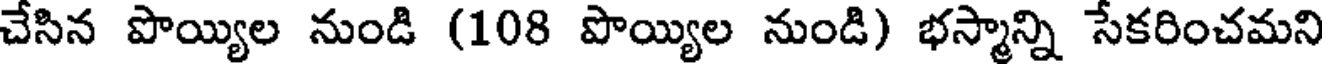
చేసిన పొయ్యిల నుండి (108 పొయ్యిల నుండి) భస్మాన్ని సేకరించమని